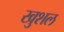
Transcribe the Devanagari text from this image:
खुशल